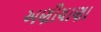
અણીયાણા